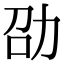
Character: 劭